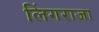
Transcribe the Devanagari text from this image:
लिंगराजा